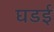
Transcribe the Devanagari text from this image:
घडई